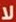
لا